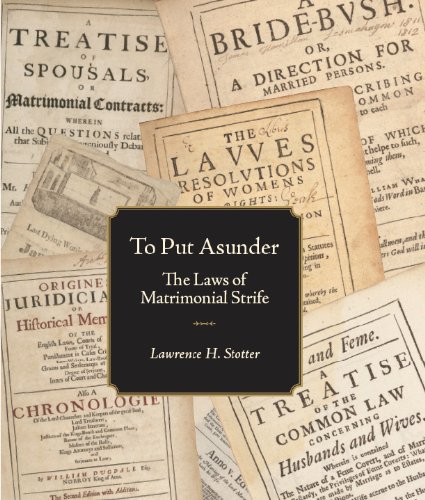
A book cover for To Put Asunder / The Laws of Matrimonial Strife; Lawrence H. Stotter; Law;